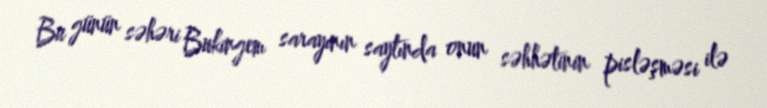
Bu günün səhəri Bukingem sarayının saytında onun səhhətinin pisləşməsi ilə